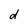
Character: d